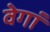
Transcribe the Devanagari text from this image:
वेगां